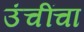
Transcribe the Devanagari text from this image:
उंचींचा